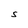
Character: s